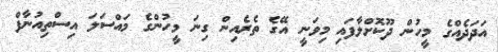
އަދަދެއްގެ މީހުން ދޫކޮށްލާފައި މިވަނީ އޭގެ ތެރެއިން ގިނަ މީހުންގެ މައްސަލަ އިސްތިއުނާފް